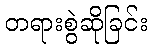
တရားစွဲဆိုခြင်း